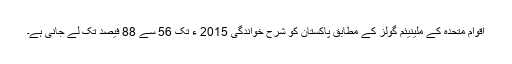
اقوام متحدہ کے ملینیئم گولز کے مطابق پاکستان کو شرح خواندگی 2015 ء تک 56 سے 88 فیصد تک لے جانی ہے۔